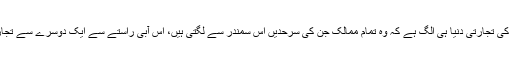
دریاءے خضر کی تجارتی دنیا ہی الگ ہے کہ وہ تمام ممالک جن کی سرحدیں اس سمندر سے لگتی ہیں، اس آبی راستے سے ایک دوسرے سے تجارت کرتے ہیں۔